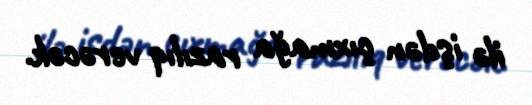
ilə işdən çıxmağa razılıq verəcək.